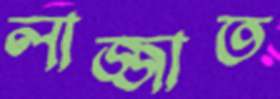
লাজ্জাত